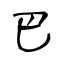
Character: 巴